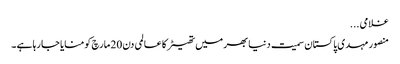
غلامی ...
منصور مہدی پاکستان سمیت دنیا بھر میں تھیٹر کا عالمی دن 20 مارچ کو منایا جا رہا ہے ۔